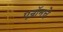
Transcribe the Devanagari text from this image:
एन्रॉनचे